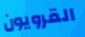
القرويون